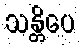
သန္တိပေ